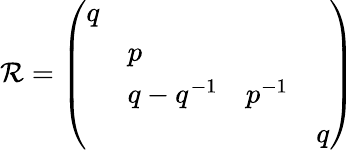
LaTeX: \mathcal{R}=\left(\begin{array}{llll}{{q}}&{{}}&{{}}&{{}}\\ {{}}&{{p}}&{{}}&{{}}\\ {{}}&{{{q-q^{-1}}}}&{{{p^{-1}}}}&{{}}\\ {{}}&{{}}&{{}}&{{{q}}}\end{array}\right)